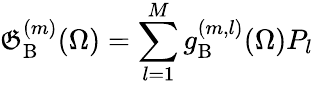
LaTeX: \mathfrak{G}_{\mathrm{{B}}}^{(m)}(\Omega)=\sum_{l=1}^{M}{g_{\mathrm{{B}}}^{(m,l)}(\Omega){P}_{l}}